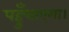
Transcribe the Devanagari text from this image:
पहुँचाएगा।